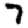
Digit: 7